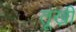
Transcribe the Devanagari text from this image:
तूख़ी